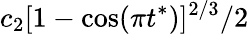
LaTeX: c_{2}[1-\cos(\pi t^{*})]^{2/3}/2